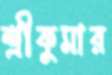
শ্রীকুমার